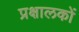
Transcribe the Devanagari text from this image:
प्रक्षालकों